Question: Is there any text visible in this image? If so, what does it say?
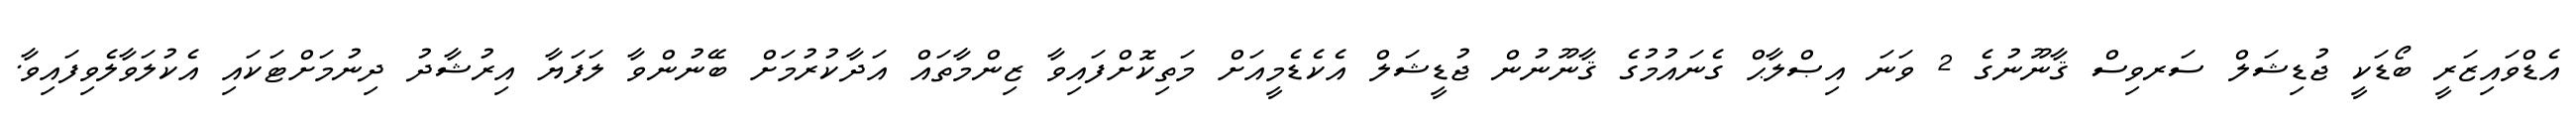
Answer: އެޑްވައިޒަރީ ބޯޑަކީ ޖުޑިޝަލް ސަރވިސް ޤާނޫނުގެ 2 ވަނަ އިޞްލާޙް ގެނައުމުގެ ޤާނޫނުން ޖުޑީޝަލް އެކެޑެމީއަށް މަތިކޮށްފައިވާ ޒިންމާތައް އަދާކުރުމަށް ބޭނުންވާ ލަފަޔާ އިރުޝާދު ދިނުމަށްޓަކައި އެކުލަވާލެވިފައިވާ.